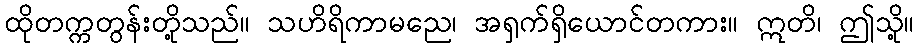
ထိုတက္ကတွန်းတို့သည်။ သဟိရိကာမညေ၊ အရှက်ရှိယောင်တကား။ ဣတိ၊ ဤသို့။